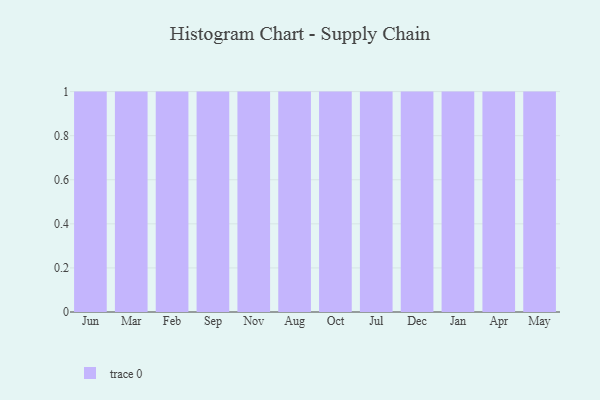
{"axis": {"x": "Month", "y": "Population (Million)"}, "legend": [""], "data": [{"x": "Jun", "y": 8, "type": ""}, {"x": "Mar", "y": 51, "type": ""}, {"x": "Feb", "y": 98, "type": ""}, {"x": "Sep", "y": 92, "type": ""}, {"x": "Nov", "y": 38, "type": ""}, {"x": "Aug", "y": 33, "type": ""}, {"x": "Oct", "y": 96, "type": ""}, {"x": "Jul", "y": 57, "type": ""}, {"x": "Dec", "y": 21, "type": ""}, {"x": "Jan", "y": 69, "type": ""}, {"x": "Apr", "y": 3, "type": ""}, {"x": "May", "y": 79, "type": ""}]}